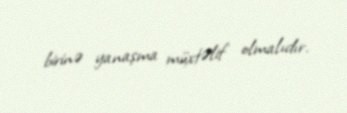
birinə yanaşma müxtəlif olmalıdır.